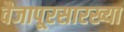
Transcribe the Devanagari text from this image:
वैजापूरसारख्या